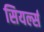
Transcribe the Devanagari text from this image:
सियर्ल्स